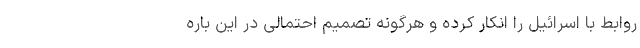
روابط با اسرائیل را انکار کرده و هرگونه تصمیم احتمالی در این باره